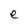
Character: e